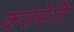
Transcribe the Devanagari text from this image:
कतमेति